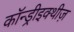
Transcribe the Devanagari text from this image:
कॉन्ड्रीइक्थीज़